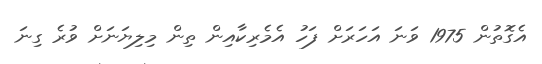
އެގޮތުން 1975 ވަނަ އަހަރަށް ފަހު އެމެރިކާއިން ތިން މިލިޔަނަށް ވުރެ ގިނަ